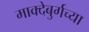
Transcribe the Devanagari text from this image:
माक्देबुर्गच्या